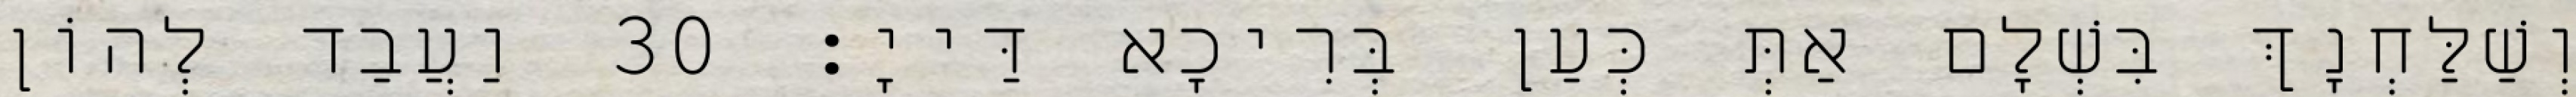
וְשַׁלַּחְנָךְ בִּשְׁלָם אַתְּ כְּעַן בְּרִיכָא דַּייָ׃ 30 וַעֲבַד לְהוֹן